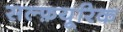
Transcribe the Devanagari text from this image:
सल्फ़यूरिक